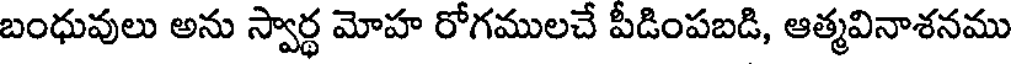
బంధువులు అను స్వార్థ మోహ రోగములచే పీడింపబడి, ఆత్మవినాశనము